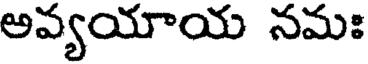
అవ్యయాయ నమః